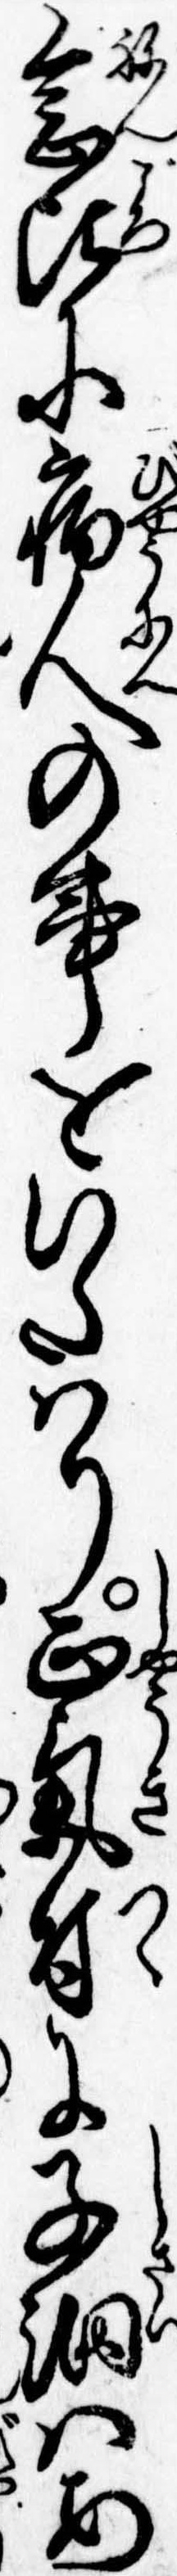
念比に病人の事をいたはり正気付に子細はあ